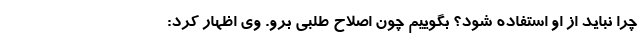
چرا نباید از او استفاده شود؟ بگوییم چون اصلاح طلبی برو. وی اظهار کرد: